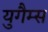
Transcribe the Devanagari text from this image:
युगैम्स